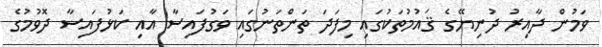
ވަމުން ދާއިރު ދުނިޔޭގެ ޤައުމުތަކުގައި މިފަދަ ތަންތަނުގައި ވަގުފައިސާ އާއި ކަޅުފައިސާ ދޮވުމުގެ